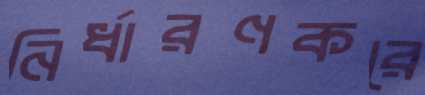
নির্ধারণকরে